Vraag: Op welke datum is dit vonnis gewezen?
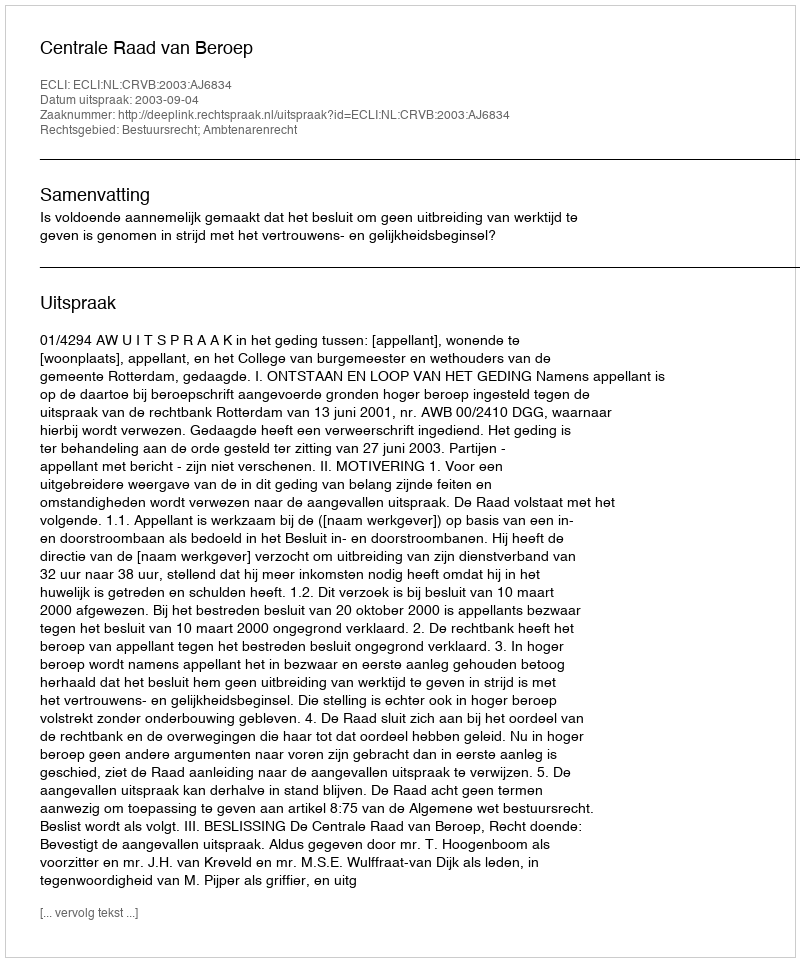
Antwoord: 2003-09-04